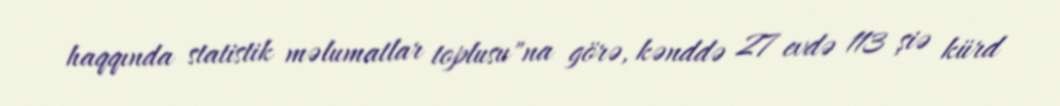
haqqında statistik məlumatlar toplusu"na görə, kənddə 27 evdə 113 şiə kürd